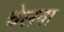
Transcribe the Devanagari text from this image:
चेलवा